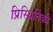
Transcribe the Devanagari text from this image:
प्रिस्थितिकी